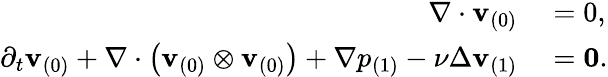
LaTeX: \begin{array}{rl}{\nabla\cdot\mathbf{v}_{(0)}}&{{}=0,}\\ {\partial_{t}\mathbf{v}_{(0)}+\nabla\cdot\left(\mathbf{v}_{(0)}\otimes\mathbf{v}_{(0)}\right)+\nabla p_{(1)}-\nu\Delta\mathbf{v}_{(1)}}&{{}=\mathbf{0}.}\end{array}